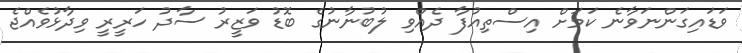
ވަޑައިގަންނަވާނެ ކަމަށް އިސްތިއުފާ ދެއްވި ލުބުނާނުގެ ބޮޑު ވަޒީރު ސާދު ހަރީރީ ވިދާޅުވެއްޖެ